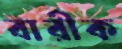
বারীক